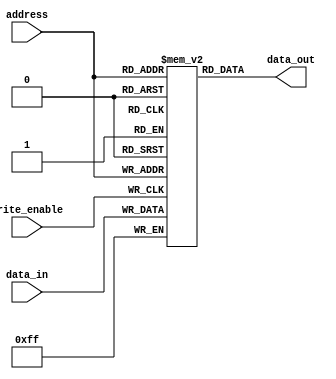
module Flash_ROM(
    input wire [7:0] address,
    input wire write_enable,
    input wire [7:0] data_in,
    output reg [7:0] data_out
);

reg [7:0] memory_cells [0:255];

always @(posedge write_enable) begin
    if(write_enable) begin
        memory_cells[address] <= data_in;
    end
end

always @(*) begin
    data_out = memory_cells[address];
end

endmodule